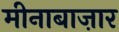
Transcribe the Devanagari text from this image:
मीनाबाज़ार